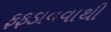
ફફડાવવાથી